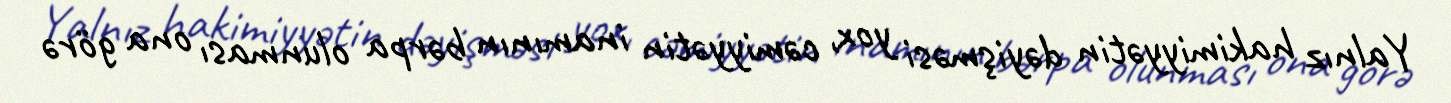
Yalnız hakimiyyətin dəyişməsi yox, cəmiyyətin inamının bərpa olunması ona görə